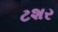
ટશર